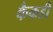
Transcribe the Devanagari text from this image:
कैकडी